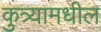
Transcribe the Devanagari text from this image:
कुत्र्यामधील